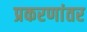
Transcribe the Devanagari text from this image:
प्रकरणांतर